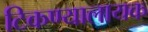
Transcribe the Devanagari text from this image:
टिकण्यालायक